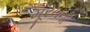
મૂરખની